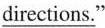
\underline{directions." }